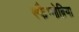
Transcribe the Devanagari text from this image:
स्फैग्नोब्रिया